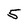
Character: 5